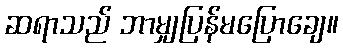
ဆရာသည် ဘာမျှပြန်မပြောချေ။